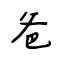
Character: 爸